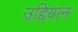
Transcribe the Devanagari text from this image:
उद्दियान